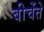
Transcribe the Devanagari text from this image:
बीचेंते